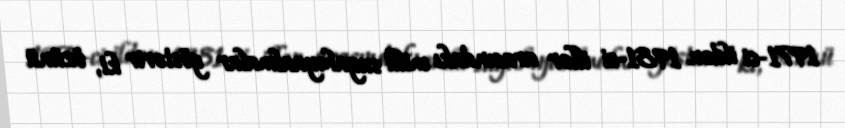
1971-ci ildən 1981-ci illər arasındakı milli suyahıyaalmalar göstərir ki, özünü